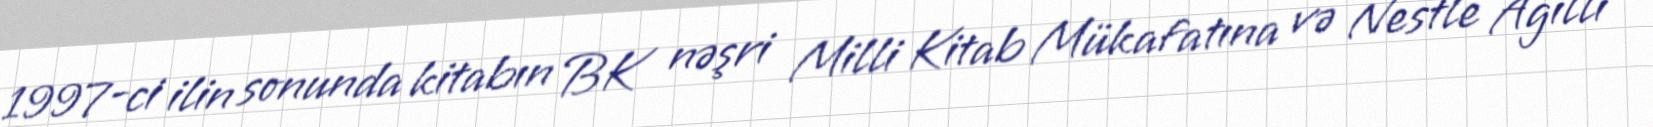
1997-ci ilin sonunda kitabın BK nəşri Milli Kitab Mükafatına və Nestle Ağıllı